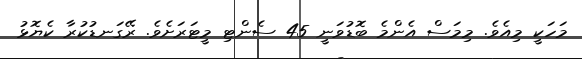
މަހަކީ މިއެވެ. މިމަސް އެންމެ ބޮޑުވަނީ 45 ސެންޓި މީޓަރަށެވެ. ރޭގަނޑުކުރާ ކެޔޮޅު